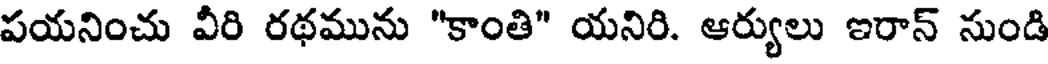
పయనించు వీరి రథమును "కాంతి" యనిరి. ఆర్యులు ఇరాన్ సుండి